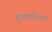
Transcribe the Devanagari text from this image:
वुप्पलादियाम